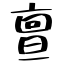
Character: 亶